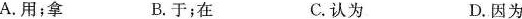
A.用；拿 B.于；在 C.认为 D.因为